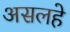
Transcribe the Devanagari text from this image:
असलहे